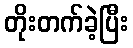
တိုးတက်ခဲ့ပြီး